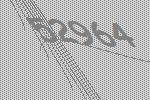
52964